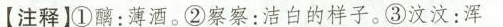
【注释】①醇：薄酒。②察察：洁白的样子。③汶汶：浑